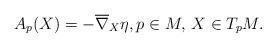
LaTeX: \begin{align*}A_p(X) = - \overline{\nabla}_X \eta, p \in M, \, X \in T_p M.\end{align*}